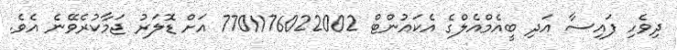
ދިވެހި ފައިސާ އަދި ބީއެމްއެލްގެ އެކައުންޓް 7701176022002 އަށް ޑޮލަރު ޖަމާކުރެވޭނެ އެވެ.